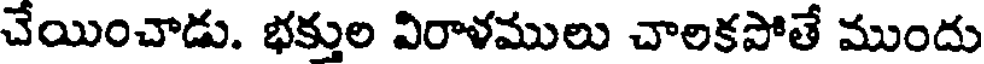
చేయించాడు. భక్తుల విరాళములు చాలకపోతే ముందు